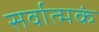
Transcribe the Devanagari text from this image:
सर्वात्मकं